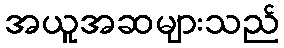
အယူအဆများသည်